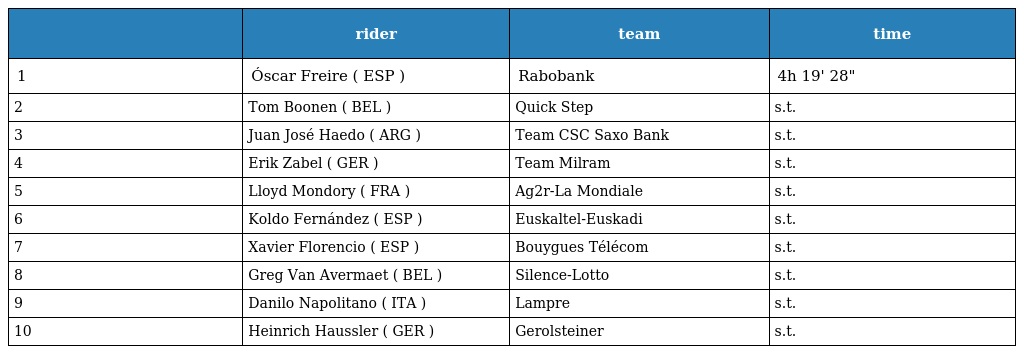
|  | rider | team | time |
 | --- | --- | --- | --- |
 | 1 | Óscar Freire ( ESP ) | Rabobank | 4h 19' 28" |
 | 2 | Tom Boonen ( BEL ) | Quick Step | s.t. |
 | 3 | Juan José Haedo ( ARG ) | Team CSC Saxo Bank | s.t. |
 | 4 | Erik Zabel ( GER ) | Team Milram | s.t. |
 | 5 | Lloyd Mondory ( FRA ) | Ag2r-La Mondiale | s.t. |
 | 6 | Koldo Fernández ( ESP ) | Euskaltel-Euskadi | s.t. |
 | 7 | Xavier Florencio ( ESP ) | Bouygues Télécom | s.t. |
 | 8 | Greg Van Avermaet ( BEL ) | Silence-Lotto | s.t. |
 | 9 | Danilo Napolitano ( ITA ) | Lampre | s.t. |
 | 10 | Heinrich Haussler ( GER ) | Gerolsteiner | s.t. |